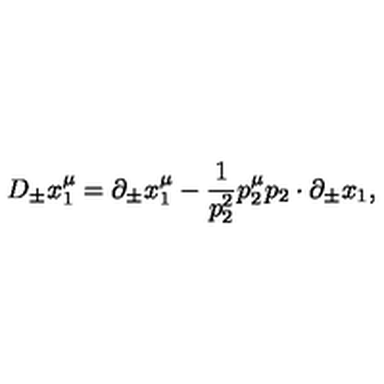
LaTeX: D _ { \pm } x _ { 1 } ^ { \mu } = \partial _ { \pm } x _ { 1 } ^ { \mu } - \frac 1 { p _ { 2 } ^ { 2 } } p _ { 2 } ^ { \mu } p _ { 2 } \cdot \partial _ { \pm } x _ { 1 } ,